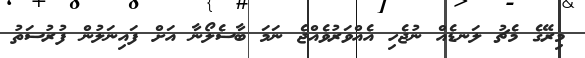
މިރޭގެ މެޗު ލަނޑެއް ނުޖެހި އެއްވަރުވެއްޖެ ނަމަ ބާސެލޯނާ އަށް ފައިނަލުން ފުރުސަތު